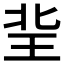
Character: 𤤘